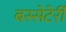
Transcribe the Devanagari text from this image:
बस्सेटेर्री